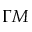
\Gamma M